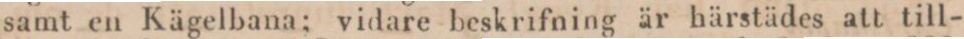
samt en Kägelbana; vidare beskrifning är härstädes att till-